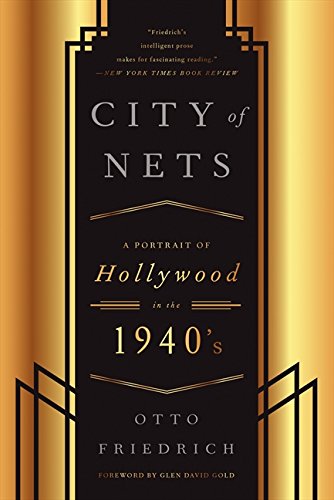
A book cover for CIty of Nets: A Portrait of Hollywood in the 1940's; Otto Friedrich; Humor & Entertainment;